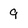
Character: 9